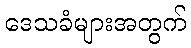
ဒေသခံများအတွက်